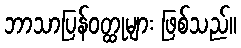
ဘာသာပြန်ဝတ္ထုများ ဖြစ်သည်။